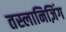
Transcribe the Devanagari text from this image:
तस्लानिज़िंग